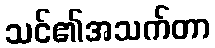
သင်၏အသက်တာ